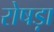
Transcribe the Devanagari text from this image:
रोषड़ा